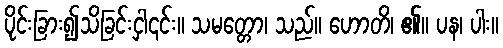
ပိုင်းခြား၍သိခြင်းငှါ၎င်း။ သမတ္တော၊ သည်။ ဟောတိ၊ ၏။ ပန၊ ပါး။